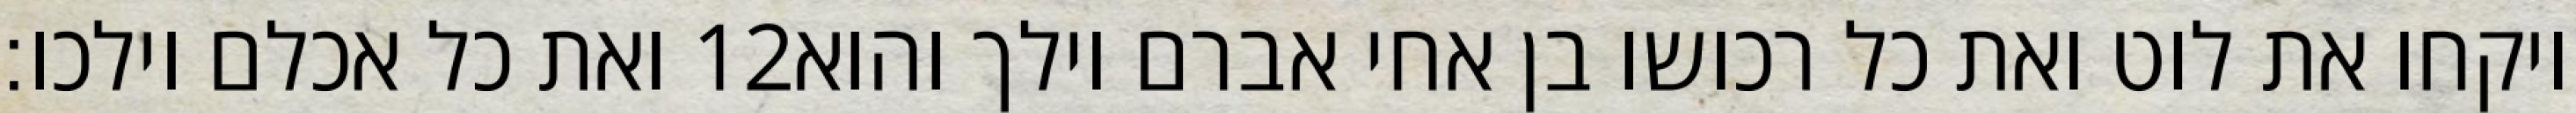
ואת כל אכלם וילכו׃ ‎12‏ ויקחו את לוט ואת כל רכושו בן אחי אברם וילך והוא